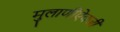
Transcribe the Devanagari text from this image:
मुलाणीऐवजी